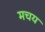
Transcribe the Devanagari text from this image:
मचय